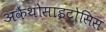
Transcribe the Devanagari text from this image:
अकैंथोसाइटोसिस